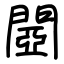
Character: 閸